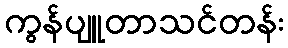
ကွန်ပျူတာသင်တန်း